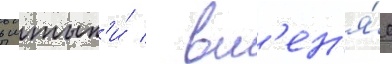
в штык'и́ / вм'ен'я́я